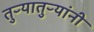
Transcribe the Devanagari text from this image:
तुऱ्यातुऱ्यांनी